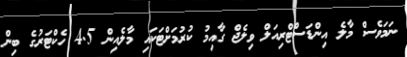
ނަމަވެސް މާލެ އިންޑަސްޓްރިއަލް ވިލެޖް ގާއިމު ކުރުމަށްޓަކައި މާލެއިން 4.5 ހެކްޓަރުގެ ބިން